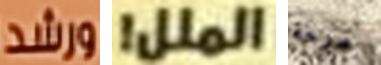
ورشد الملل! مرحة